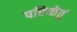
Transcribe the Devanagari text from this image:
परिच्छेतुं